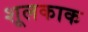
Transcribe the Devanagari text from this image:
शूलकाक